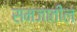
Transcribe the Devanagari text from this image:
समजातील